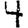
Digit: 4